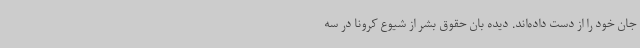
جان خود را از دست داده‌اند. دیده بان حقوق بشر از شیوع کرونا در سه